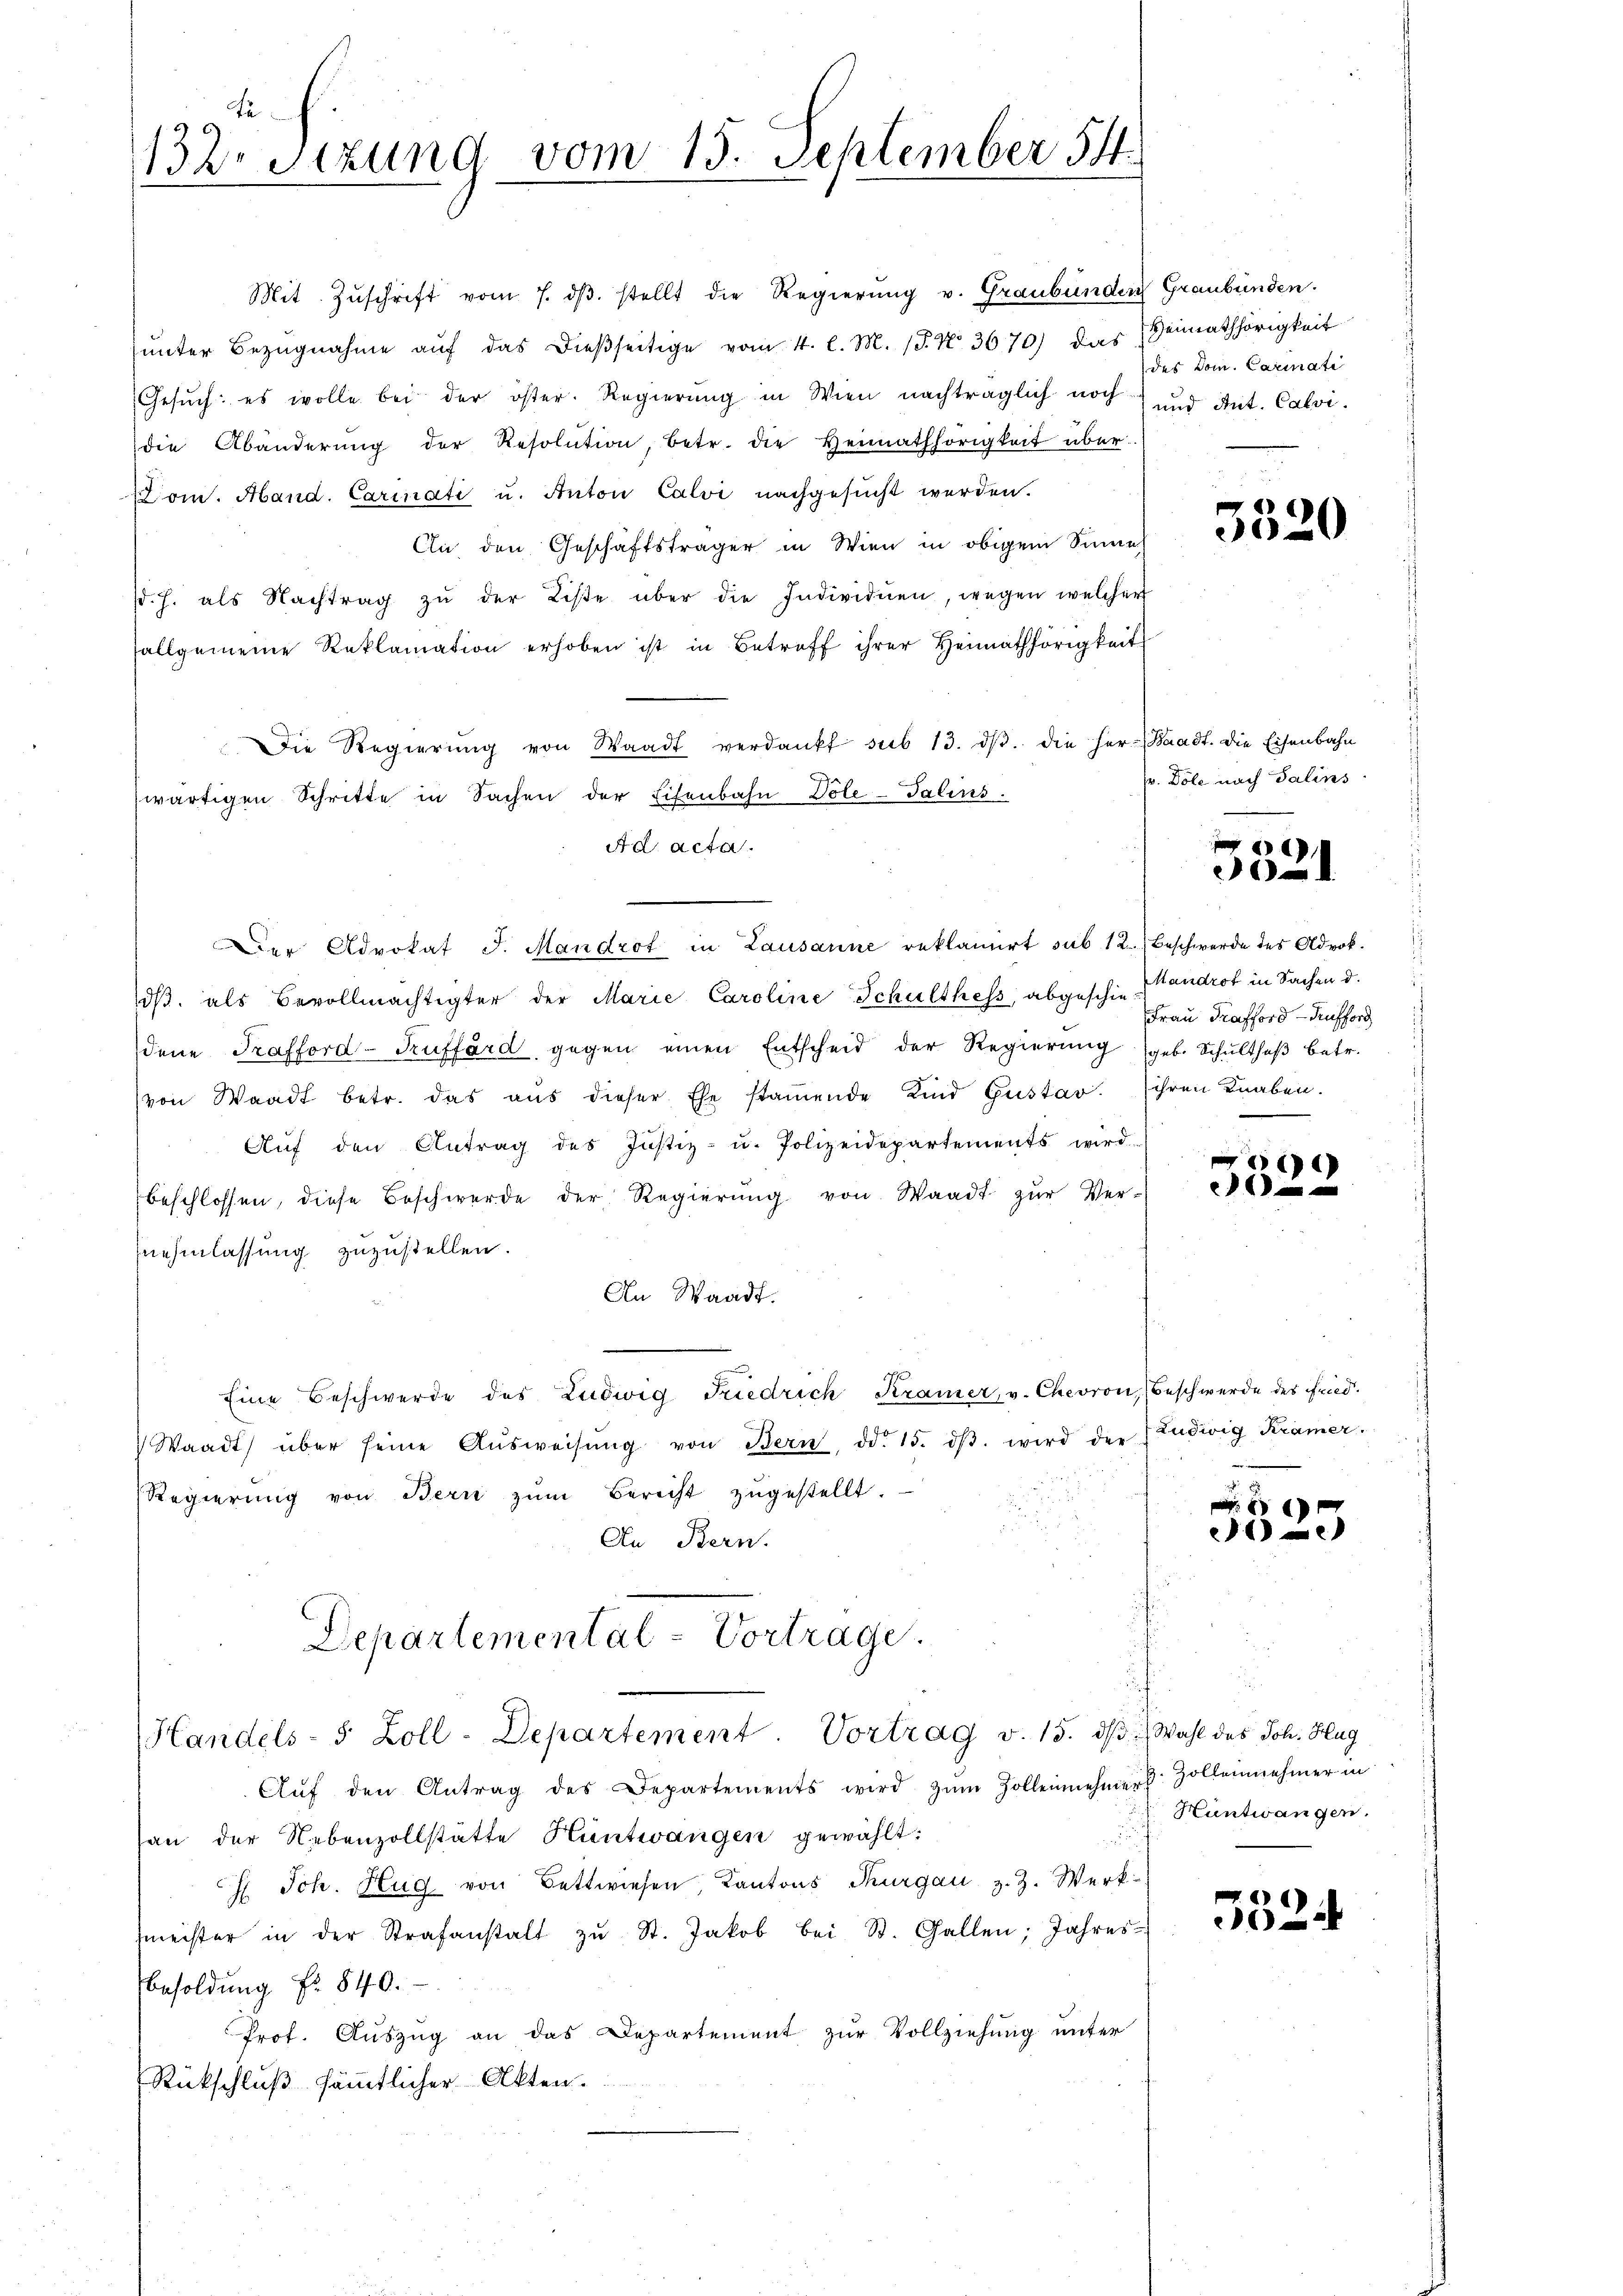
Fe
132. Sitzung vom 15. September 54.

Mit Zŭschrift vom 7. dβ. stellt die Regierŭng v. Graubünden Graubünden.
ŭnter Bezŭgnahme aŭf das dießseitige vom 4. l. M. (§. No. 3670) das Heimathörigkeit
Gesŭch: es wolle bei der öster. Regierŭng in Wien nachträglich noch und Ant. Calvi
die Abänderŭng der Resolution, betr. die Heimathörigkeit über-
Dom. Aband. Carinati u. Anton Calvi nachgesŭcht werden.
An den Geschäftsträger in Wien in obigem Sinne
(d. h. als Nachtrag zŭ der Liste über die Individuen, wegen welcher
allgemeine Reklamation erhoben ist in Betreff ihrer Heimathörigkeit
Die Regierŭng von Waadt verdankt sub 13. dβ. die her Waadt. Die Eisenbahn
wärtigen Schritte in Sachen der Eisenbahn Dole-Salins.
Ad acta.
Der Advokat J. Mandrot in Lausanne reklamirt sub 12. Beschwerde des Advok
dβ als Bevollmächtigter der Marie Caroline Schulthess, abgeschie androt in Sachen d.
dene Trafford-Ruffärd, gegen einen Entscheid der Regierung (geb. Schultheß betr.
(von Waadt betr. das aus dieser Ehe stamende Kind Gustav. ihren Knaben.
Aŭf den Antrag des Justiz- u. Polizeidepartements wird
beschlossen, diese Beschwerde der Regierŭng von Waadt zŭr Ver-
nehmlassung zuzustellen.
An Waadt.
e
Eine Beschwerde des Ludwig Friedrich Kramer, v. Chevron, Beschwerde des fried¬
Waadt über seine Aŭsweisŭng von Bern, d. 15. dβ wird der Ludwig Krämer.
Regierŭng von Bern zŭm Bericht zŭgestellt.
An Bern.
Departemental-Vortrage.
¬
Handels- 5 Zoll-Departement Vortrag v. 15. dβ. Wahl des Joh. Hug
Aŭf den Antrag des Departements wird zŭm Zollennehmer. Zollennehmer in
san der Nebenzollstätte Hüntwangen gewählt:
H. Joh. Hug von Bettwiesen, Kantons Thurgau z. Z. Werk-
meister in der Strafanstalt zŭ St. Jakob bei St. Gallen, Jahres-
Besoldung No 840.
Prof. Auszug an das Departement zur Vollziehung unter
Rückschluß sämmtlicher Akten.

des Dom. Carinati

5520

hr. Dole nach Salins

0

Frau Prafford - Aufford

)
e

e

e

Hüntwangen.

)
0